Lunatic asylums Punjab 1881-1894 - 1881-1894
Year: 1881
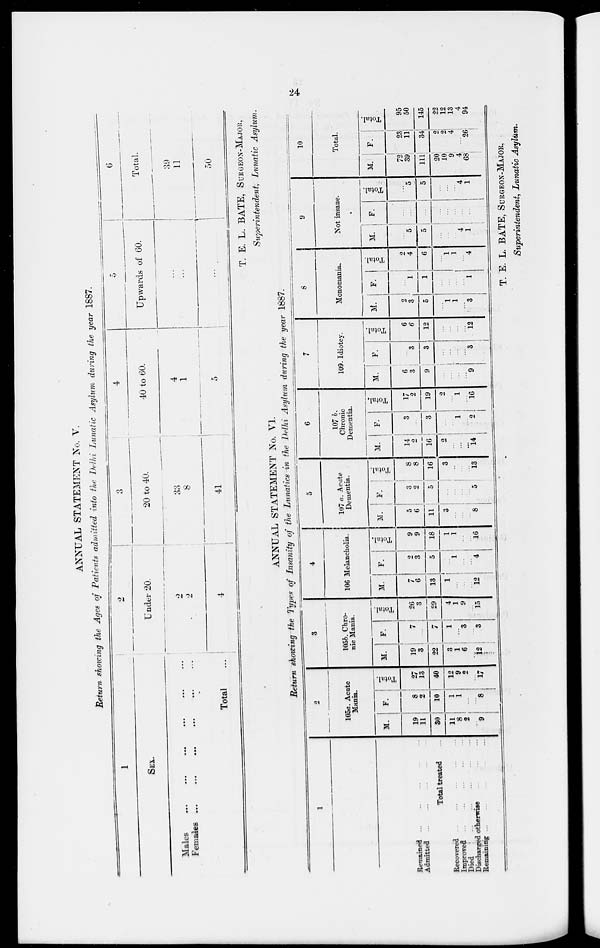
24
ANNUAL STATEMENT No. V.
Return showing the Ages of Patients admitted into the Delhi Lunatic Asylum during the year 1887.
1
SEX.
Males
...
...
...
...
...
...
FEMALES
...
...
...
...
...
...
Total ...
2
Under 20.
2
2
4
3
20 to 40.
33
8
41
4
40 to 60.
4
1
5
5
Upwards of 60.
...
...
...
6
Total.
39
11
50
T. E. L. BATE, SURGEON-MAJOR,
Superintendent, Lunatic Asylum.
ANNUAL STATEMENT No. VI.
Return showing the Types of Insanity of the Lunatics in the Delhi Asylum during the year 1887.
1
Remained ... ... ... ... ...
Admitted ... ... ... ... ...
Total treated ... ... ... ... ...
Recovered
...
...
...
...
...
Improved ... ... ... ... ...
Died
...
...
...
...
...
Discharged otherwise ... ... ...
Remaining
...
...
...
...
...
2
105a. Acute
Mania.
M.
19
11
30
11
8
2
...
9
F.
8
2
10
1
1
...
...
8
Total.
27
13
40
12
9
2
...
17
3
105b. Chro-
nic Mania.
M.
19
3
22
3
1
6
...
12
P.
7
...
7
1
... 3
...
3
Total.
26
3
29
4
1
9
...
15
4
106 Melancholia.
M.
7
6
13
1
...
...
...
12
F.
2
3
5
...
1
...
...
4
Total
9
9
18
1
1
...
...
16
5
107 a. Acute
Dementia..
M.
5
6
11
3
...
...
...
8
F.
3
2
5
...
...
...
...
5
Total.
8
8
16
3
...
...
...
13
6
107 b.
Chronic
Dementia.
M.
14
2
16
2
...
...
...
14
F.
3
...
3
...
...
1
...
2
Total,
17
2
19
2
...
1
...
16
7
109. Idiotcy.
M.
6
3
9
...
...
...
...
9
F.
...
3
3
...
...
...
...
3
Total.
6
6
12
...
...
...
...
12
8
Monomania.
M.
2
3
5
...
1
1
...
3
F.
...
1
1
...
...
...
...
1
Total.
2
4
6
...
1
1
...
4
9
Not insane.
M.
...
5
5
...
...
...
4
1
F.
...
...
...
...
...
...
...
...
Total.
...
5
5
...
...
...
4
1
10
Total.
M.
72
39
111
20
10
9
4
68
F.
23
11
34
2
2
4
...
26
Total.
95
50
145
22
12
13
4
94
T. E. L. BATE, SURGEON-MAJOR,
Superintendent, Lunatic Asylum.